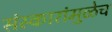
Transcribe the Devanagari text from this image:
संस्कारांमुळेच